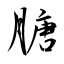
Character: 膅